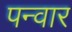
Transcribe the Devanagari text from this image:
पन्वार